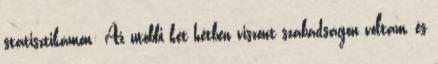
statisztikámon: Az utóbbi két hétben viszont szabadságon voltam, és